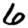
Digit: 6